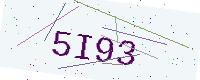
Text: 5I93